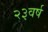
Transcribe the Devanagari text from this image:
२३वर्ष